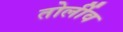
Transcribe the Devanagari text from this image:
तोर्लीव